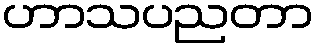
ဟာသပညတာ